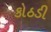
કોઠડી